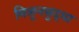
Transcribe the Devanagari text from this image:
मिळूनसुद्धा